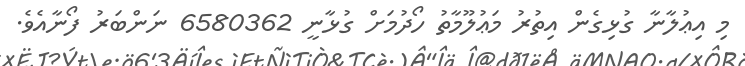
މި އިޢުލާނާ ގުޅިގެން އިތުރު މަޢުލޫމާތު ހޯދުމަށް ގުޅާނީ 6580362 ނަންބަރު ފޯނާއެވެ.